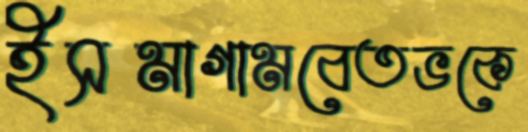
ইসমাগামবেতভকে